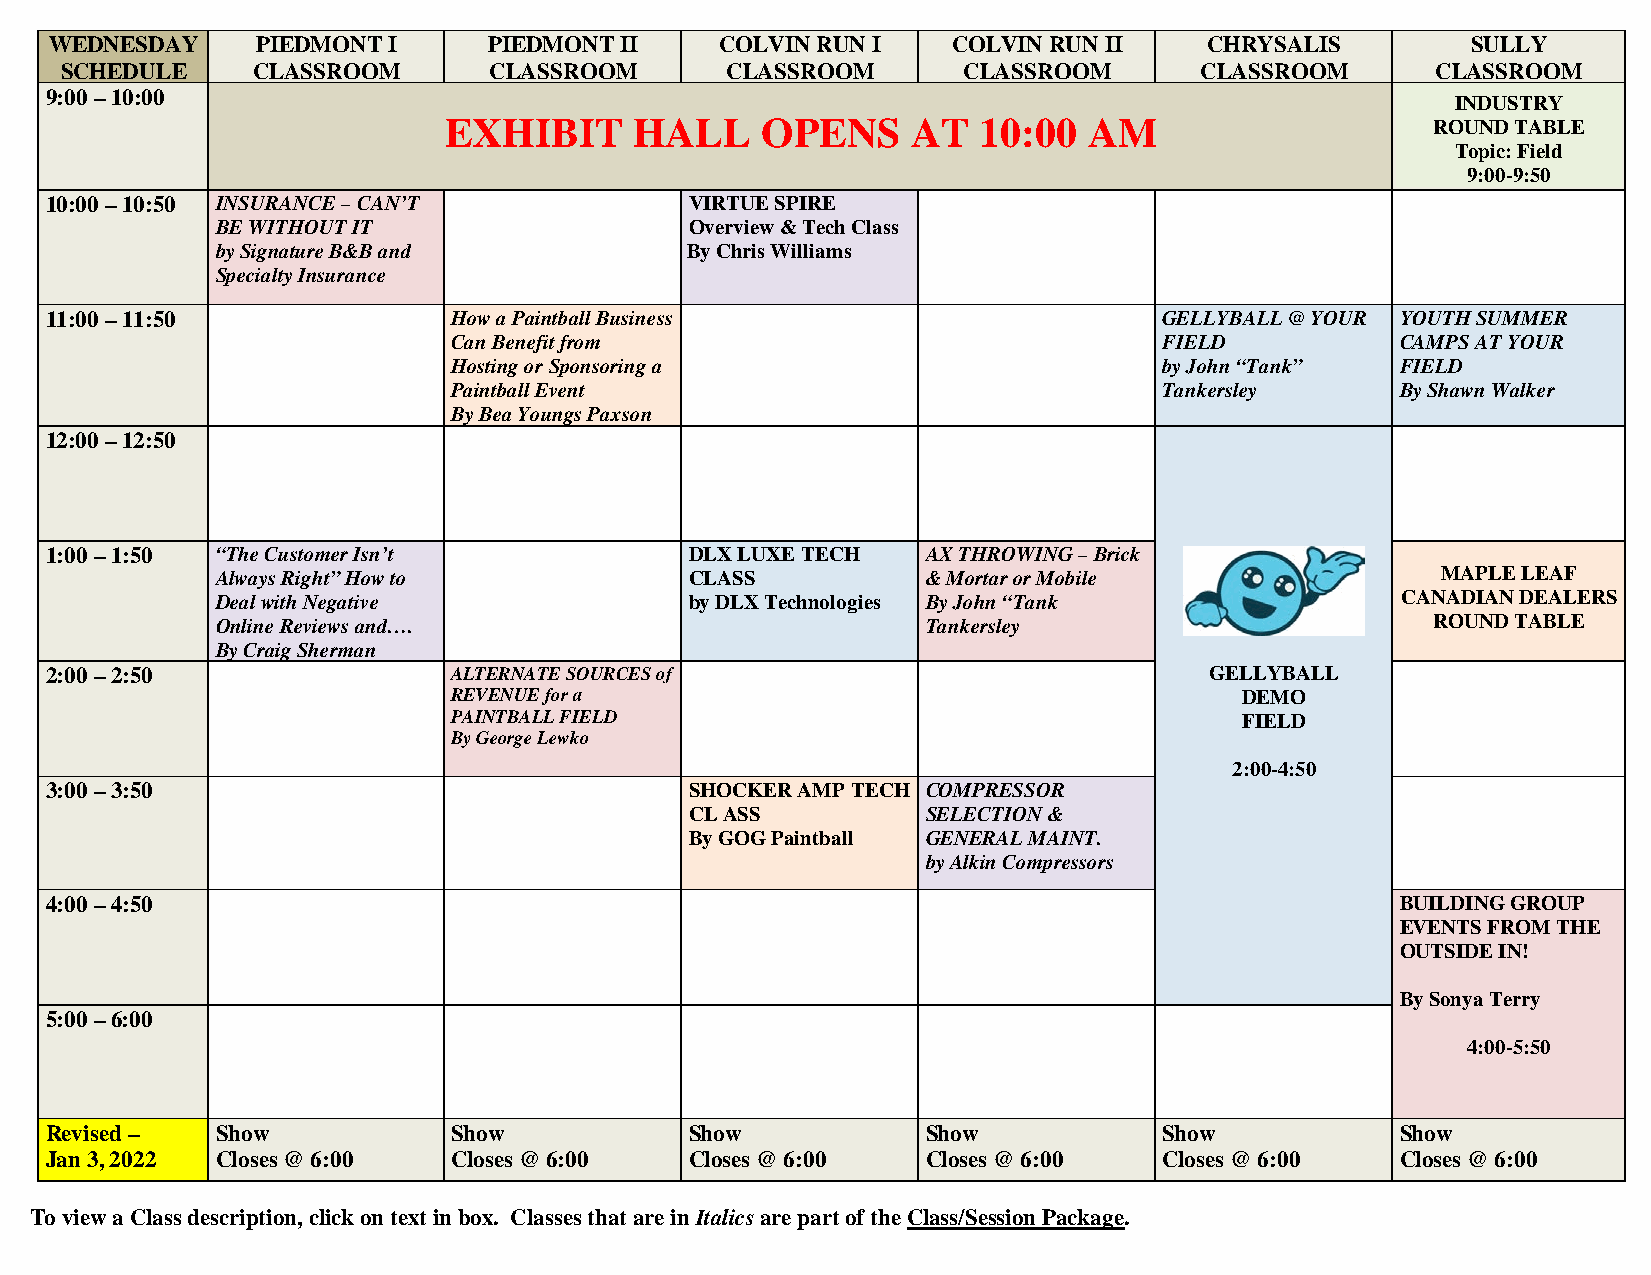
WEDNESDAY     PIEDMONT I     PIEDMONT II     COLVIN RUN I   COLVIN RUN II    CHRYSALIS        SULLY
 SCHEDULE     CLASSROOM      CLASSROOM       CLASSROOM       CLASSROOM      CLASSROOM       CLASSROOM
 9:00 – 10:00
 INDUSTRY
 EXHIBIT      HALL    OPENS     AT   10:00  AM                     ROUND TABLE
 Topic: Field
 9:00-9:50
 10:00 – 10:50 INSURANCE – CAN’T            VIRTUE SPIRE
 BE WITHOUT IT                   Overview & Tech Class
 by Signature B&B and           By Chris Williams
 Specialty Insurance
 11:00 – 11:50              How a Paintball Business                       GELLYBALL @ YOUR YOUTH SUMMER
 Can Benefit from                               FIELD           CAMPS AT YOUR
 Hosting or Sponsoring a                        by John “Tank”  FIELD
 Paintball Event                                Tankersley      By Shawn Walker
 By Bea Youngs Paxson
 12:00 – 12:50
 1:00 – 1:50 “The Customer Isn’t            DLX LUXE TECH  AX THROWING – Brick
 Always Right” How to            CLASS          & Mortar or Mobile                MAPLE LEAF
 Deal with Negative              by DLX Technologies By John “Tank              CANADIAN DEALERS
 Online Reviews and….                           Tankersley                        ROUND TABLE
 By Craig Sherman
 2:00 – 2:50                ALTERNATE SOURCES of                              GELLYBALL
 REVENUE for a                                       DEMO
 PAINTBALL FIELD                                     FIELD
 By George Lewko
 2:00-4:50
 3:00 – 3:50                                SHOCKER AMP TECH COMPRESSOR
 CL ASS         SELECTION &
 By GOG Paintball GENERAL MAINT.
 by Alkin Compressors
 4:00 – 4:50                                                                               BUILDING GROUP
 EVENTS FROM THE
 OUTSIDE IN!
 By Sonya Terry
 5:00 – 6:00
 4:00-5:50
 Revised –  Show            Show            Show           Show            Show            Show
 Jan 3, 2022 Closes @ 6:00  Closes @ 6:00   Closes @ 6:00  Closes @ 6:00   Closes @ 6:00   Closes @ 6:00
 To view a Class description, click on text in box. Classes that are in Italics are part of the Class/Session Package.